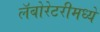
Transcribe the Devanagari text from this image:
लॅबोरेटरीमध्ये